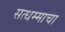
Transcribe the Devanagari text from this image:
सत्धम्माचा